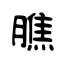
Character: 膲